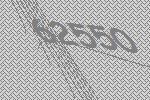
62550